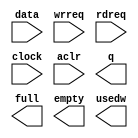
module fifo_40x128 (
	data,
	wrreq,
	rdreq,
	clock,
	aclr,
	q,
	full,
	empty,
	usedw);

	input	[39:0]  data;
	input	  wrreq;
	input	  rdreq;
	input	  clock;
	input	  aclr;
	output	[39:0]  q;
	output	  full;
	output	  empty;
	output	[6:0]  usedw;

endmodule